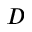
D